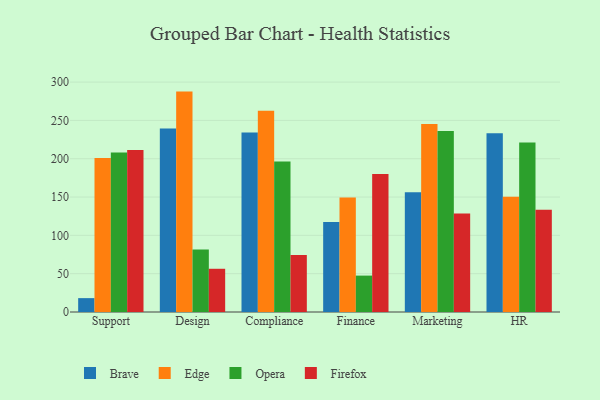
{"axis": {"x": "Department", "y": "Gross Profit (USD K)"}, "legend": ["Brave", "Edge", "Firefox", "Opera"], "data": [{"x": "Support", "y": 18.1, "type": "Brave"}, {"x": "Support", "y": 201.1, "type": "Edge"}, {"x": "Support", "y": 208.2, "type": "Opera"}, {"x": "Support", "y": 211.4, "type": "Firefox"}, {"x": "Design", "y": 239.4, "type": "Brave"}, {"x": "Design", "y": 287.6, "type": "Edge"}, {"x": "Design", "y": 81.6, "type": "Opera"}, {"x": "Design", "y": 56.4, "type": "Firefox"}, {"x": "Compliance", "y": 234.1, "type": "Brave"}, {"x": "Compliance", "y": 262.7, "type": "Edge"}, {"x": "Compliance", "y": 196.4, "type": "Opera"}, {"x": "Compliance", "y": 74.5, "type": "Firefox"}, {"x": "Finance", "y": 117.4, "type": "Brave"}, {"x": "Finance", "y": 149.4, "type": "Edge"}, {"x": "Finance", "y": 47.5, "type": "Opera"}, {"x": "Finance", "y": 180.2, "type": "Firefox"}, {"x": "Marketing", "y": 156.3, "type": "Brave"}, {"x": "Marketing", "y": 245.2, "type": "Edge"}, {"x": "Marketing", "y": 236.2, "type": "Opera"}, {"x": "Marketing", "y": 128.4, "type": "Firefox"}, {"x": "HR", "y": 233.4, "type": "Brave"}, {"x": "HR", "y": 150.4, "type": "Edge"}, {"x": "HR", "y": 221.3, "type": "Opera"}, {"x": "HR", "y": 133.5, "type": "Firefox"}]}